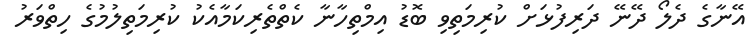
އޭނާގެ ދެލޯ ދޭނޭ ދަަރިފުޅަށް ކުރިމަތިވި ބޮޑު އިމްތިހާނާ ކެތްްތެރިކަމާއެކު ކުރިމަތިލުމުގެ ހިތްވަރު